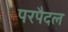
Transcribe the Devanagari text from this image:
परपैदल